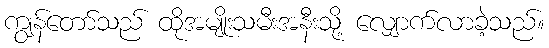
ကျွန်တော်သည် ထိုအမျိုးသမီးအနီးသို့ လျှောက်လာခဲ့သည်။